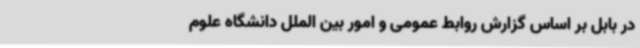
در بابل بر اساس گزارش روابط‌ عمومی و امور بین ‌الملل دانشگاه علوم